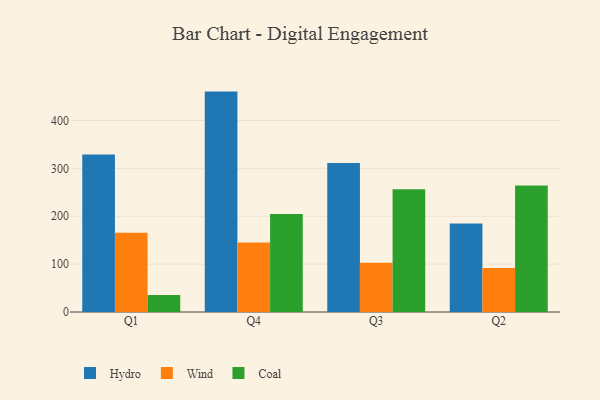
{"axis": {"x": "Quarter", "y": "LTV (USD)"}, "legend": ["Coal", "Hydro", "Wind"], "data": [{"x": "Q1", "y": 328.7, "type": "Hydro"}, {"x": "Q1", "y": 165.4, "type": "Wind"}, {"x": "Q1", "y": 35.6, "type": "Coal"}, {"x": "Q4", "y": 460.3, "type": "Hydro"}, {"x": "Q4", "y": 145.1, "type": "Wind"}, {"x": "Q4", "y": 204.5, "type": "Coal"}, {"x": "Q3", "y": 311.4, "type": "Hydro"}, {"x": "Q3", "y": 103.1, "type": "Wind"}, {"x": "Q3", "y": 256.5, "type": "Coal"}, {"x": "Q2", "y": 184.8, "type": "Hydro"}, {"x": "Q2", "y": 92.1, "type": "Wind"}, {"x": "Q2", "y": 264.2, "type": "Coal"}]}